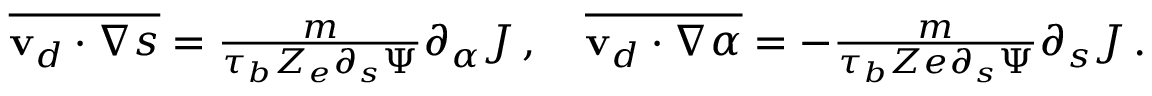
\begin{array} { r } { \overline { { \mathbf { v } _ { d } \cdot \nabla s } } = \frac { m } { \tau _ { b } Z _ { e } \partial _ { s } \Psi } \partial _ { \alpha } J \, , \quad \overline { { \mathbf { v } _ { d } \cdot \nabla \alpha } } = - \frac { m } { \tau _ { b } Z e \partial _ { s } \Psi } \partial _ { s } J \, . } \end{array}